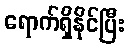
ရောက်ရှိနိုင်ပြီး